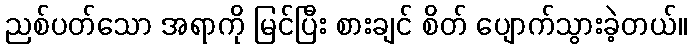
ညစ်ပတ်သော အရာကို မြင်ပြီး စားချင် စိတ် ပျောက်သွားခဲ့တယ်။